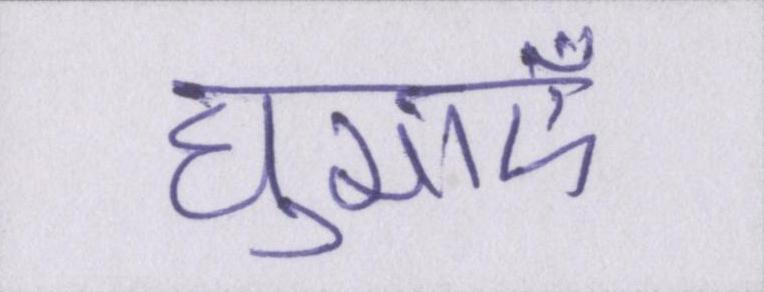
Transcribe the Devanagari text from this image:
घुमाएँ।